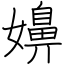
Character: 嬶